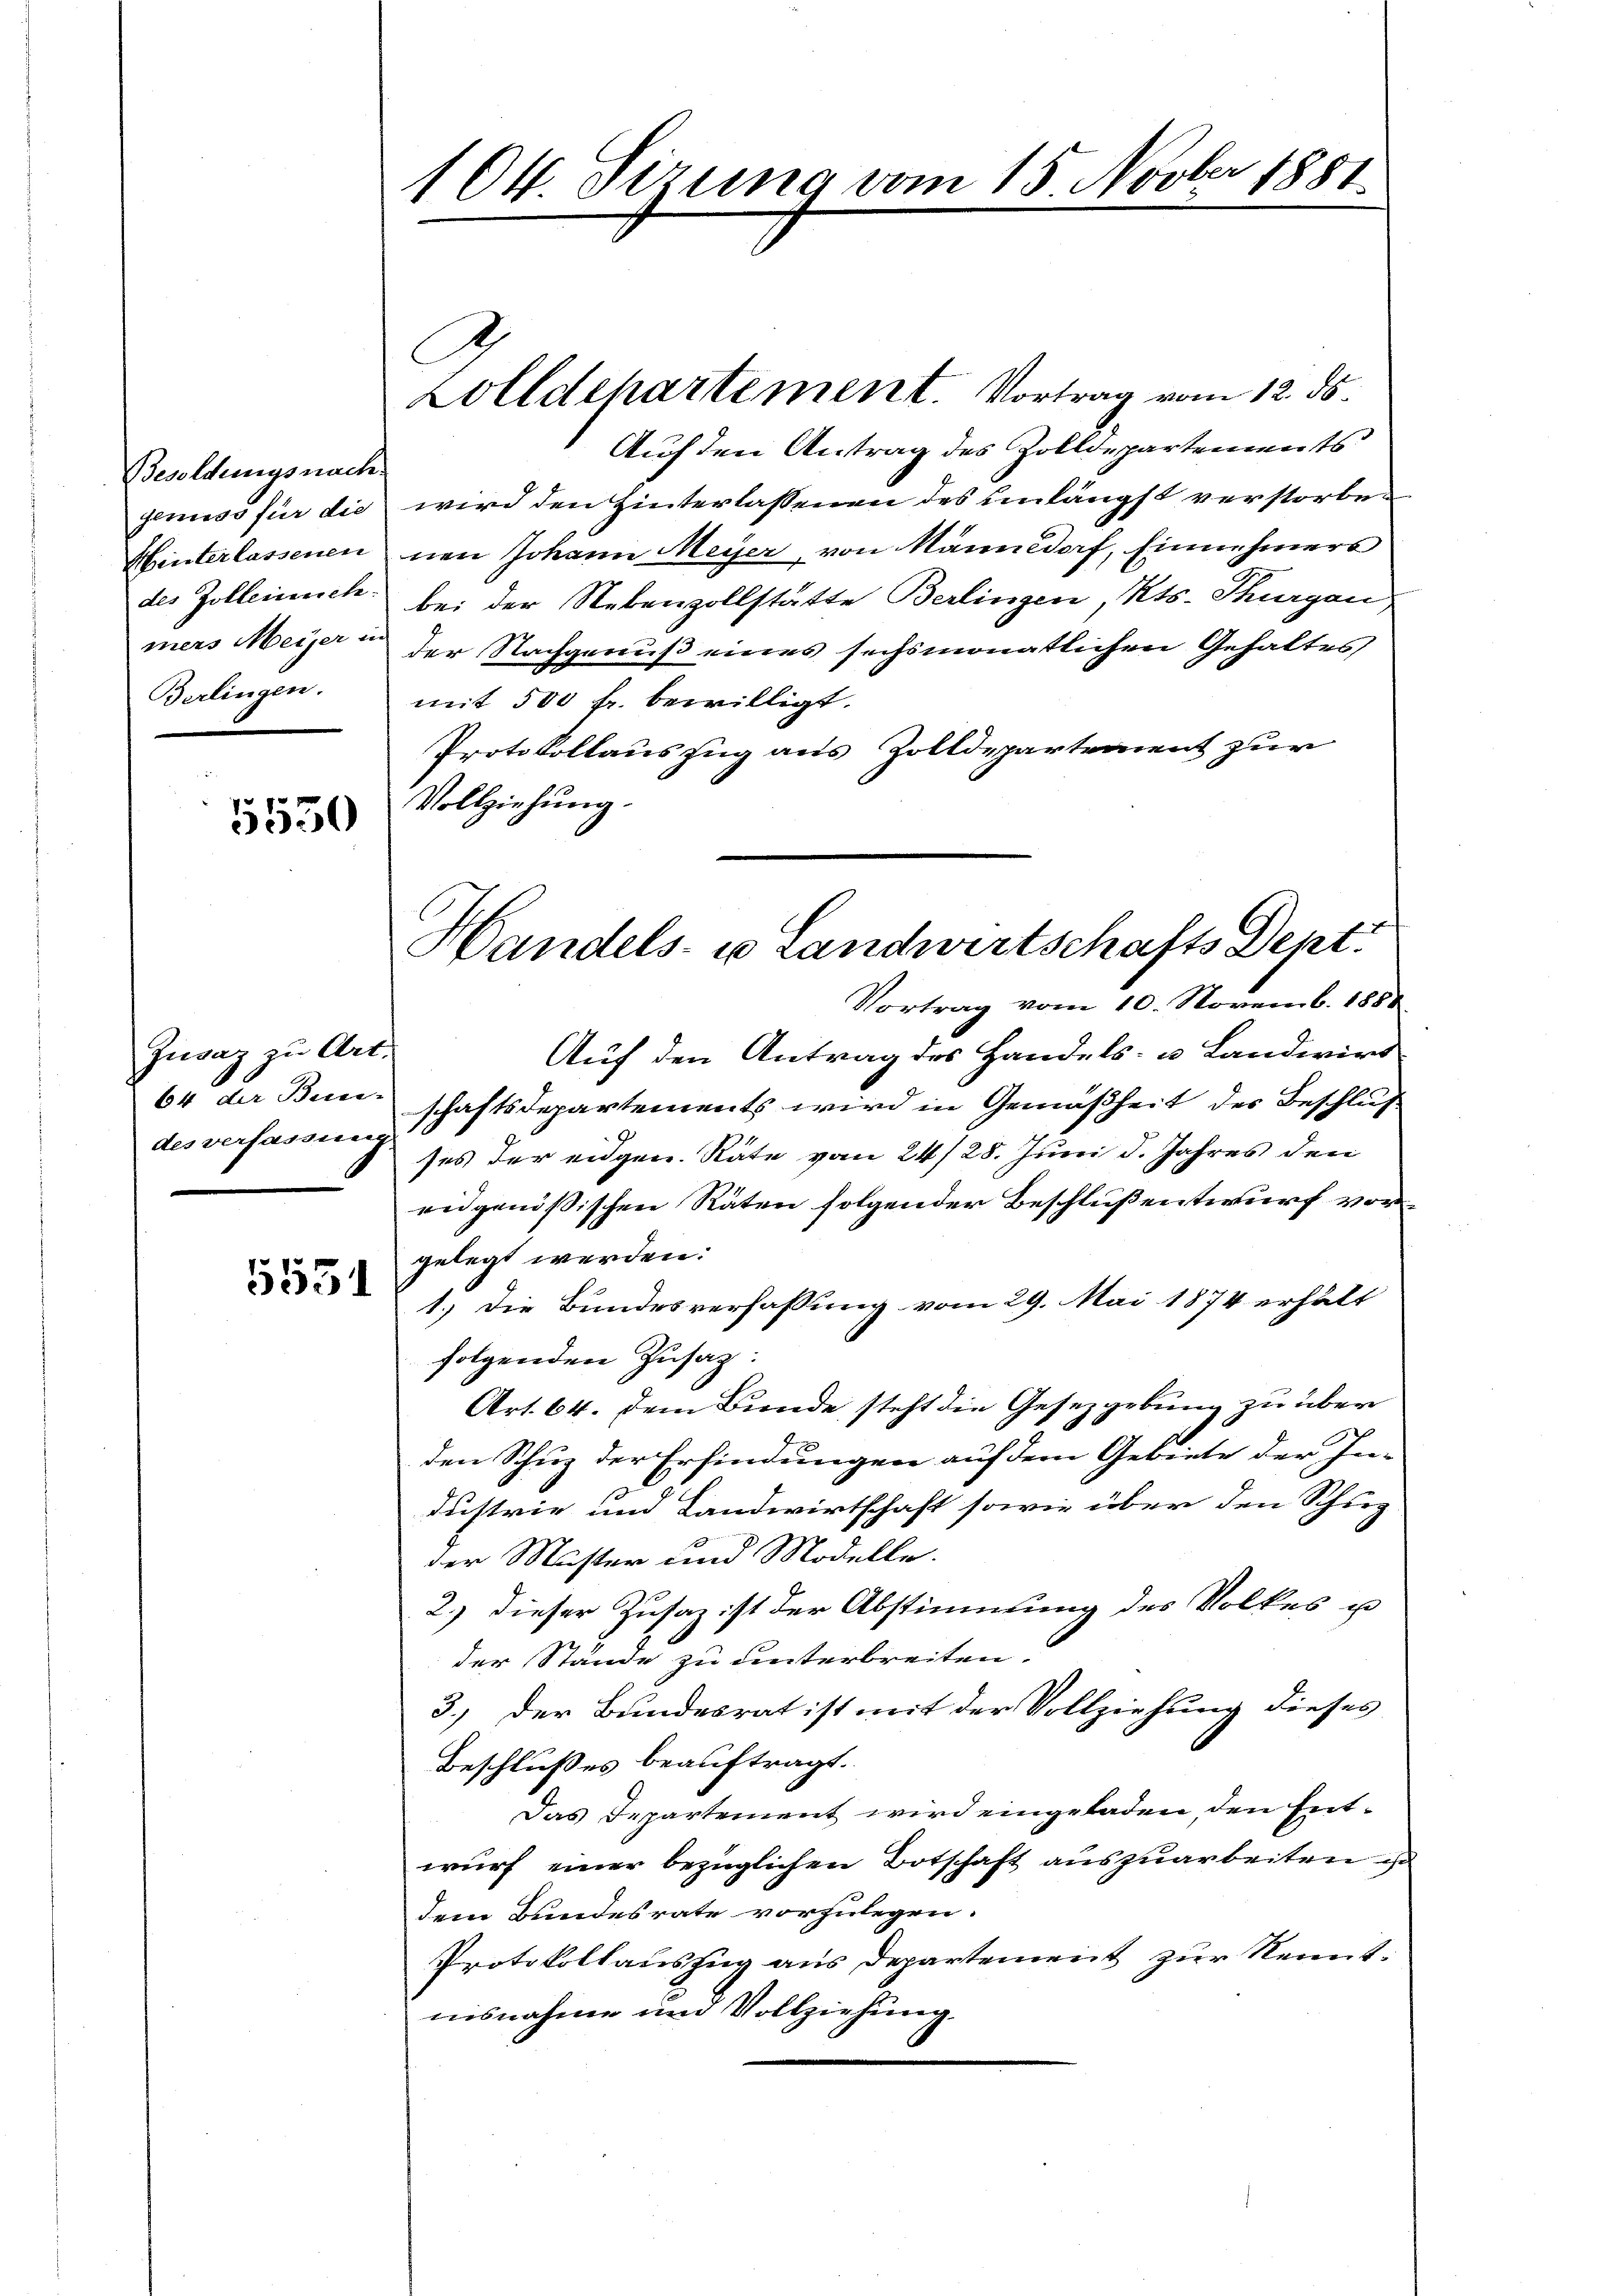
Besoldungsnach.
gemiss für die
Hinterlassenen
des Zollennich
mers Meier in
Berlingen.

5530

Zuvaz zu Art.
64 der Bem
des verfassung

5531

.
1 Ok. Stzung vom 15. Nov. 1881

Zolldehartement. Vortrag vom 12. ds.
Auf den Antrag des Zolldepartements
wird den Hinterlassenen des unlängst verstorbenen Johann Meyer, von Männedorf, Einnehmers
bei der Nebenzollstätte Berlingen, Kts. Thurgau
der Nachgenuß eines sechsmonatlichen Gehaltes,
mit 500 fr. bewilligt.
Protokollauszug aus Zolldepartement zur
Vollziehung.
Vortrag vom 10. Novemb. 1888
Auf den Antrag des Handels- u. Landwirt
schaftsdepartements wird in Gemäßheit des Beschluß
ses der eidgen. Räte vom 24/28. Juni d. Jahres den
eidgenößischen Räten folgender Beschlußentwurf vorgelegt werden:
1.) Die Bundesverfassung vom 29. Mai 1874 erhält
folgenden Zusaz:
Art. 64. Dem Bunde, steht die Gesetzgebung zu über
.
den Schup der Erfindungen auf dem Gebiete der In-
dustrie und Landwirtschaft sowie über den Schup
der Muster und Modelle.
2.) dieser Zusaz ist der Abstimmung des Volkes u
der Stande zu unterbreiten.
3.) Der Bundesrat ist mit der Vollziehung dieses
Beschlußes beauftragt.
Das Departement wird eingeladen den Entwurf einer bezüglichen Botschaft auszuarbeiten
dem Bundesrate vorzulegen.
Protokollauszug aus Departement zur Kennt:
nisnahme um Vollziehung

Handels- u Landwirtschafts Dent: